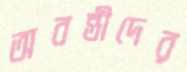
অবন্তীদের